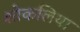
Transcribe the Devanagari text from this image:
शोकलिया